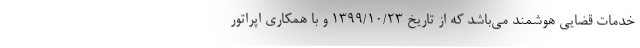
خدمات قضایی هوشمند می‌باشد که از تاریخ ۱۳۹۹/۱۰/۲۳ و با همکاری اپراتور